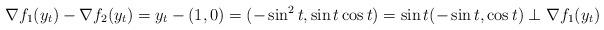
LaTeX: \begin{align*} \nabla f_1(y_t)-\nabla f_2(y_t)=y_t-(1,0)=(-\sin^2t,\sin t \cos t) =\sin t(-\sin t,\cos t)\perp \nabla f_1(y_t) \end{align*}